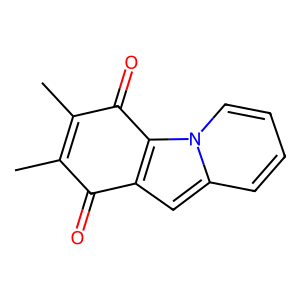
SMILES: CC1=C(C)C(=O)c2c(cc3ccccn23)C1=O
Inhibits HIV replication: No